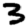
Digit: 3